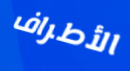
الأطراف